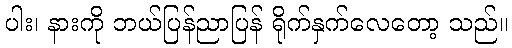
ပါး၊ နားကို ဘယ်ပြန်ညာပြန် ရိုက်နှက်လေတော့ သည်။